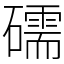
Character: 礝